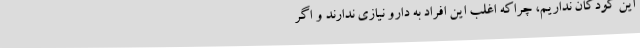
این کودکان نداریم، چراکه اغلب این افراد به دارو نیازی ندارند و اگر